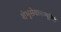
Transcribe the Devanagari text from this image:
शंभुसेवासम्पूरितं